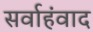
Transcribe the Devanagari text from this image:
सर्वाहंवाद